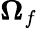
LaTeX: \boldsymbol{\Omega}_{f}